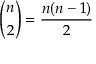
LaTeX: { \binom { n } { 2 } } = { \frac { n ( n - 1 ) } { 2 } }